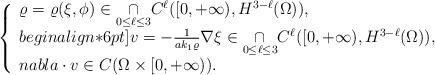
LaTeX: \begin{align*}\left\{\begin{array}{ll}\varrho = \varrho(\xi,\phi)\in \underset{0\leq \ell\leq 3}{\cap}C^{\ell}([0,+\infty),H^{3-\ell}(\Omega)),\\begin{align*}6pt]v = -\frac{1}{ak_1\varrho}\nabla\xi \in \underset{0\leq \ell\leq 3}{\cap}C^{\ell}([0,+\infty),H^{3-\ell}(\Omega)),\\nabla\cdot v \in C(\Omega\times[0,+\infty)).\end{array}\right.\end{align*}